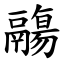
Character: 鬺